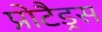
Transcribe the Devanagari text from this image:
प्रोटैड्रस